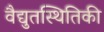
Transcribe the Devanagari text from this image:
वैद्युतस्थितिकी